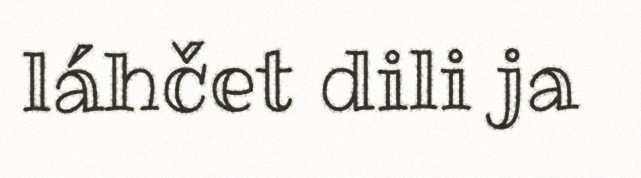
láhčet dili ja